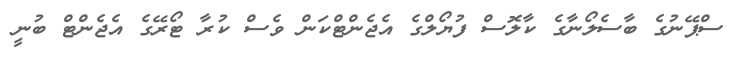
ސްޕޭނުގެ ބާސެލޯނާގެ ކާލޮސް ފުޔޯލްގެ އެޖެންޓްކަން ވެސް ކުރާ ޓޯރޭގެ އެޖެންޓް ބުނީ